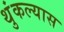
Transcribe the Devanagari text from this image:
थुंकल्यास